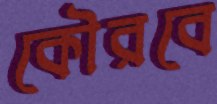
কৌরবে